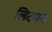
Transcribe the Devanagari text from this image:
लिटमन